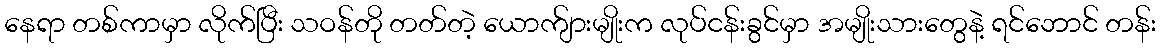
နေရာ တစ်ကာမှာ လိုက်ပြီး သဝန်တို တတ်တဲ့ ယောက်ျားမျိုးက လုပ်ငန်းခွင်မှာ အမျိုးသားတွေနဲ့ ရင်ဘောင် တန်း